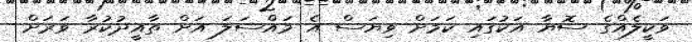
ވަކީލެއްގެ ސޮޔާ އަކުގައި ކަމަށް ވިޔަސް އެ މައްސަލަ އަށް ތާއީދުކުރާ ވަރަށް